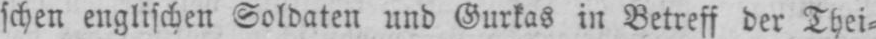
schen englischen Soldaten und Gurkas in Betreff der Thei⸗